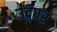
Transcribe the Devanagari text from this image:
उद्गाार